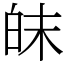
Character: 皌